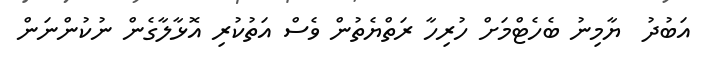
އަބުދު  ޔާމިނު ބެހެޓްމަށް ހުރިހާ ރަތްޔެތުން ވެސް އަތުކުރި އޮޅާލާގެން ނުކުންނަން